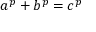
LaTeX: a ^ { p } + b ^ { p } = c ^ { p }